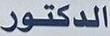
الدكتور